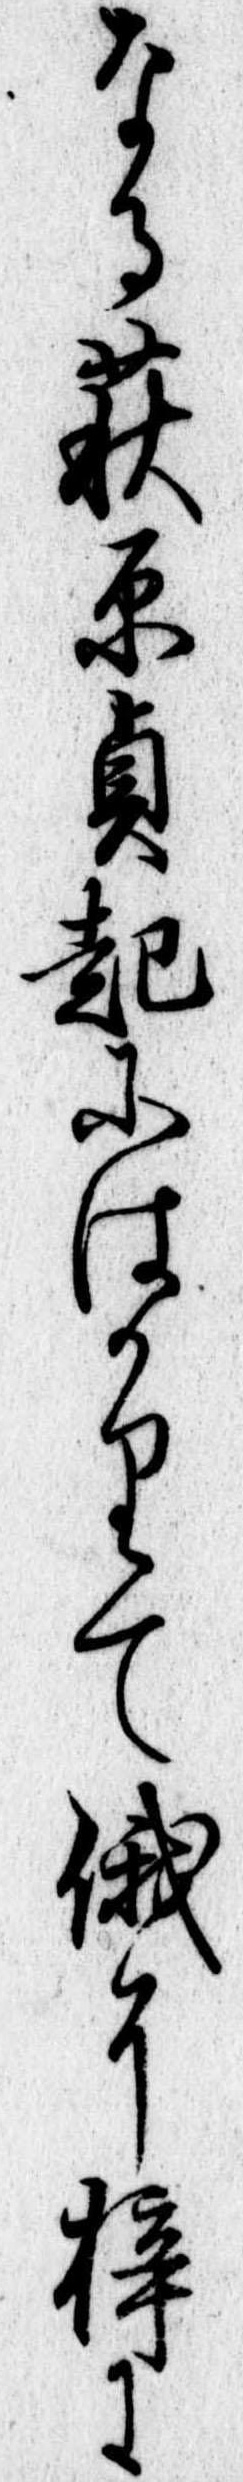
なる萩原貞起にはかりて俄に梓に